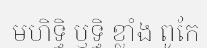
មហិទ្ធិ ឫទ្ធិ ខ្លាំង ពូកែ